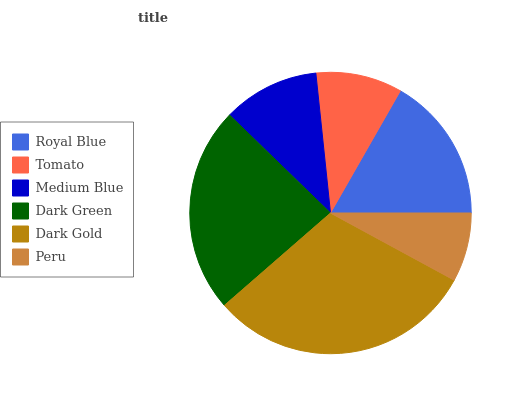
| Royal Blue | Tomato | Medium Blue | Dark Green | Dark Gold | Peru |
 | --- | --- | --- | --- | --- | --- |
 | 16.7% | 9.91% | 11.1% | 23.7% | 30.7% | 7.91% |